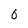
Character: 0